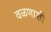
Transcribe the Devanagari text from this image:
वळणाशी